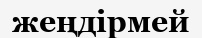
жеңдірмей